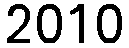
2010